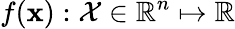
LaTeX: f(\textbf{x}):\mathcal{X}\in\mathbb{R}^{n}\mapsto\mathbb{R}